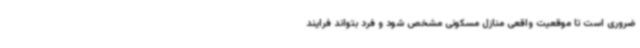
ضروری است تا موقعیت واقعی منازل مسکونی مشخص شود و فرد بتواند فرایند